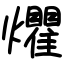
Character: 爠